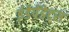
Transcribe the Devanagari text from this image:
इंडेपेंडेट्स